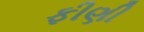
ફીણી